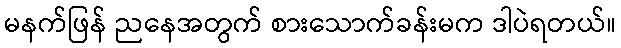
မနက်ဖြန် ညနေအတွက် စားသောက်ခန်းမက ဒါပဲရတယ်။